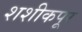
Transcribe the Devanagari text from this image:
शशीकपूर